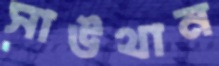
সাউথান